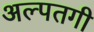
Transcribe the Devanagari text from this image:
अल्पतगी